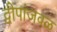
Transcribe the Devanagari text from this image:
द्वीपांजवळ